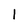
Character: 1